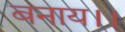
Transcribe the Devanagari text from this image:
बनाय।।